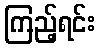
ကြည့်ရင်း